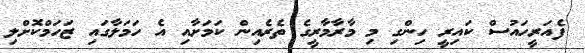
ފެއަރީހައުސް ކައިރީ ހިންގި މި މާރާމާރީގެ ތެރެއިން ކަމަށާއި އެ ހަމަލާގައި ޒަހަމްކޮށްލި